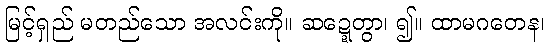
မြင့်ရှည် မတည်သော အလင်းကို။ ဆဍ္ဍေတွာ၊ ၍။ ထာမဂတေန၊